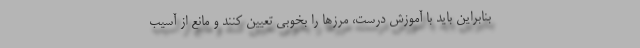
بنابراین باید با آموزش درست، مرزها را بخوبی تعیین کنند و مانع از آسیب